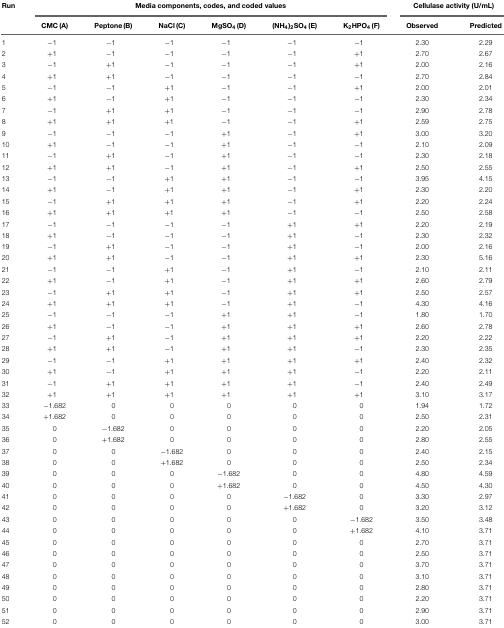
<table><thead><tr><td><b>Run</b></td><td colspan="6"><b>Media components, codes, and coded values</b></td><td colspan="2"><b>Cellulase activity (U/mL)</b></td></tr><tr><td></td><td><b>CMC (A)</b></td><td><b>Peptone (B)</b></td><td><b>NaCl (C)</b></td><td><b>MgSO<sub>4</sub> (D)</b></td><td><b>(NH<sub>4</sub>)<sub>2</sub>SO<sub>4</sub> (E)</b></td><td><b>K<sub>2</sub>HPO<sub>4</sub> (F)</b></td><td><b>Observed</b></td><td><b>Predicted</b></td></tr></thead><tbody><tr><td>1</td><td>-1</td><td>-1</td><td>-1</td><td>-1</td><td>-1</td><td>-1</td><td>2.30</td><td>2.29</td></tr><tr><td>2</td><td>+1</td><td>-1</td><td>-1</td><td>-1</td><td>-1</td><td>+1</td><td>2.70</td><td>2.67</td></tr><tr><td>3</td><td>-1</td><td>+1</td><td>-1</td><td>-1</td><td>-1</td><td>+1</td><td>2.00</td><td>2.16</td></tr><tr><td>4</td><td>+1</td><td>+1</td><td>-1</td><td>-1</td><td>-1</td><td>-1</td><td>2.70</td><td>2.84</td></tr><tr><td>5</td><td>-1</td><td>-1</td><td>+1</td><td>-1</td><td>-1</td><td>+1</td><td>2.00</td><td>2.01</td></tr><tr><td>6</td><td>+1</td><td>-1</td><td>+1</td><td>-1</td><td>-1</td><td>-1</td><td>2.30</td><td>2.34</td></tr><tr><td>7</td><td>-1</td><td>+1</td><td>+1</td><td>-1</td><td>-1</td><td>-1</td><td>2.90</td><td>2.78</td></tr><tr><td>8</td><td>+1</td><td>+1</td><td>+1</td><td>-1</td><td>-1</td><td>+1</td><td>2.59</td><td>2.75</td></tr><tr><td>9</td><td>-1</td><td>-1</td><td>-1</td><td>+1</td><td>-1</td><td>+1</td><td>3.00</td><td>3.20</td></tr><tr><td>10</td><td>+1</td><td>-1</td><td>-1</td><td>+1</td><td>-1</td><td>-1</td><td>2.10</td><td>2.09</td></tr><tr><td>11</td><td>-1</td><td>+1</td><td>-1</td><td>+1</td><td>-1</td><td>-1</td><td>2.30</td><td>2.18</td></tr><tr><td>12</td><td>+1</td><td>+1</td><td>-1</td><td>+1</td><td>-1</td><td>+1</td><td>2.50</td><td>2.55</td></tr><tr><td>13</td><td>-1</td><td>-1</td><td>+1</td><td>+1</td><td>-1</td><td>-1</td><td>3.95</td><td>4.15</td></tr><tr><td>14</td><td>+1</td><td>-1</td><td>+1</td><td>+1</td><td>-1</td><td>+1</td><td>2.30</td><td>2.20</td></tr><tr><td>15</td><td>-1</td><td>+1</td><td>+1</td><td>+1</td><td>-1</td><td>+1</td><td>2.20</td><td>2.24</td></tr><tr><td>16</td><td>+1</td><td>+1</td><td>+1</td><td>+1</td><td>-1</td><td>-1</td><td>2.50</td><td>2.58</td></tr><tr><td>17</td><td>-1</td><td>-1</td><td>-1</td><td>-1</td><td>+1</td><td>+1</td><td>2.20</td><td>2.19</td></tr><tr><td>18</td><td>+1</td><td>-1</td><td>-1</td><td>-1</td><td>+1</td><td>-1</td><td>2.30</td><td>2.32</td></tr><tr><td>19</td><td>-1</td><td>+1</td><td>-1</td><td>-1</td><td>+1</td><td>-1</td><td>2.00</td><td>2.16</td></tr><tr><td>20</td><td>+1</td><td>+1</td><td>-1</td><td>-1</td><td>+1</td><td>+1</td><td>2.30</td><td>5.16</td></tr><tr><td>21</td><td>-1</td><td>-1</td><td>+1</td><td>-1</td><td>+1</td><td>-1</td><td>2.10</td><td>2.11</td></tr><tr><td>22</td><td>+1</td><td>-1</td><td>+1</td><td>-1</td><td>+1</td><td>+1</td><td>2.60</td><td>2.79</td></tr><tr><td>23</td><td>-1</td><td>+1</td><td>+1</td><td>-1</td><td>+1</td><td>+1</td><td>2.50</td><td>2.57</td></tr><tr><td>24</td><td>+1</td><td>+1</td><td>+1</td><td>-1</td><td>+1</td><td>-1</td><td>4.30</td><td>4.16</td></tr><tr><td>25</td><td>-1</td><td>-1</td><td>-1</td><td>+1</td><td>+1</td><td>-1</td><td>1.80</td><td>1.70</td></tr><tr><td>26</td><td>+1</td><td>-1</td><td>-1</td><td>+1</td><td>+1</td><td>+1</td><td>2.60</td><td>2.78</td></tr><tr><td>27</td><td>-1</td><td>+1</td><td>-1</td><td>+1</td><td>+1</td><td>+1</td><td>2.20</td><td>2.22</td></tr><tr><td>28</td><td>+1</td><td>+1</td><td>-1</td><td>+1</td><td>+1</td><td>-1</td><td>2.30</td><td>2.35</td></tr><tr><td>29</td><td>-1</td><td>-1</td><td>+1</td><td>+1</td><td>+1</td><td>+1</td><td>2.40</td><td>2.32</td></tr><tr><td>30</td><td>+1</td><td>-1</td><td>+1</td><td>+1</td><td>+1</td><td>-1</td><td>2.20</td><td>2.11</td></tr><tr><td>31</td><td>-1</td><td>+1</td><td>+1</td><td>+1</td><td>+1</td><td>-1</td><td>2.40</td><td>2.49</td></tr><tr><td>32</td><td>+1</td><td>+1</td><td>+1</td><td>+1</td><td>+1</td><td>+1</td><td>3.10</td><td>3.17</td></tr><tr><td>33</td><td>-1.682</td><td>0</td><td>0</td><td>0</td><td>0</td><td>0</td><td>1.94</td><td>1.72</td></tr><tr><td>34</td><td>+1.682</td><td>0</td><td>0</td><td>0</td><td>0</td><td>0</td><td>2.50</td><td>2.31</td></tr><tr><td>35</td><td>0</td><td>-1.682</td><td>0</td><td>0</td><td>0</td><td>0</td><td>2.20</td><td>2.05</td></tr><tr><td>36</td><td>0</td><td>+1.682</td><td>0</td><td>0</td><td>0</td><td>0</td><td>2.80</td><td>2.55</td></tr><tr><td>37</td><td>0</td><td>0</td><td>-1.682</td><td>0</td><td>0</td><td>0</td><td>2.40</td><td>2.15</td></tr><tr><td>38</td><td>0</td><td>0</td><td>+1.682</td><td>0</td><td>0</td><td>0</td><td>2.50</td><td>2.34</td></tr><tr><td>39</td><td>0</td><td>0</td><td>0</td><td>-1.682</td><td>0</td><td>0</td><td>4.80</td><td>4.59</td></tr><tr><td>40</td><td>0</td><td>0</td><td>0</td><td>+1.682</td><td>0</td><td>0</td><td>4.50</td><td>4.30</td></tr><tr><td>41</td><td>0</td><td>0</td><td>0</td><td>0</td><td>-1.682</td><td>0</td><td>3.30</td><td>2.97</td></tr><tr><td>42</td><td>0</td><td>0</td><td>0</td><td>0</td><td>+1.682</td><td>0</td><td>3.20</td><td>3.12</td></tr><tr><td>43</td><td>0</td><td>0</td><td>0</td><td>0</td><td>0</td><td>-1.682</td><td>3.50</td><td>3.48</td></tr><tr><td>44</td><td>0</td><td>0</td><td>0</td><td>0</td><td>0</td><td>+1.682</td><td>4.10</td><td>3.71</td></tr><tr><td>45</td><td>0</td><td>0</td><td>0</td><td>0</td><td>0</td><td>0</td><td>2.70</td><td>3.71</td></tr><tr><td>46</td><td>0</td><td>0</td><td>0</td><td>0</td><td>0</td><td>0</td><td>2.50</td><td>3.71</td></tr><tr><td>47</td><td>0</td><td>0</td><td>0</td><td>0</td><td>0</td><td>0</td><td>3.70</td><td>3.71</td></tr><tr><td>48</td><td>0</td><td>0</td><td>0</td><td>0</td><td>0</td><td>0</td><td>3.10</td><td>3.71</td></tr><tr><td>49</td><td>0</td><td>0</td><td>0</td><td>0</td><td>0</td><td>0</td><td>2.80</td><td>3.71</td></tr><tr><td>50</td><td>0</td><td>0</td><td>0</td><td>0</td><td>0</td><td>0</td><td>2.20</td><td>3.71</td></tr><tr><td>51</td><td>0</td><td>0</td><td>0</td><td>0</td><td>0</td><td>0</td><td>2.90</td><td>3.71</td></tr><tr><td>52</td><td>0</td><td>0</td><td>0</td><td>0</td><td>0</td><td>0</td><td>3.00</td><td>3.71</td></tr></tbody></table>